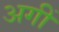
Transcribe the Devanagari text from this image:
अगीं